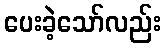
ပေးခဲ့သော်လည်း